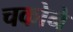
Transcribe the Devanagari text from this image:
चकोने